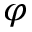
\varphi